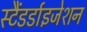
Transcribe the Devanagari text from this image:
स्टैंडर्डाइजेशन